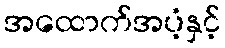
အထောက်အပံ့နှင့်